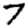
Digit: 7